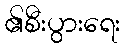
၏စီးပွားရေး